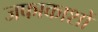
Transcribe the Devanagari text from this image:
जफाकाशों